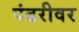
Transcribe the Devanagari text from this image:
पंढरीवर